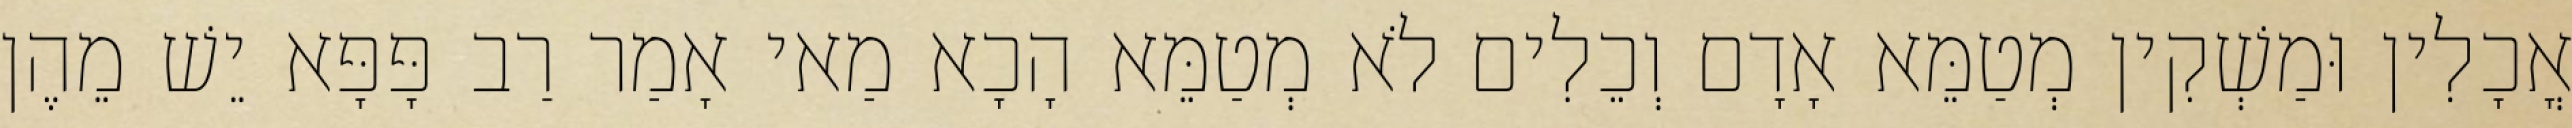
אֳכָלִין וּמַשְׁקִין מְטַמֵּא אָדָם וְכֵלִים לֹא מְטַמֵּא הָכָא מַאי אָמַר רַב פָּפָּא יֵשׁ מֵהֶן